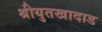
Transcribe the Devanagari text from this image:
श्रीयुतखादाड